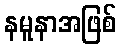
နမူနာအဖြစ်